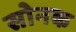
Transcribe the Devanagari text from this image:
सोनक